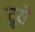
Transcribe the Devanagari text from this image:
ट्रुरो